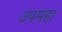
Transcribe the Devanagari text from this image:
उपमहा